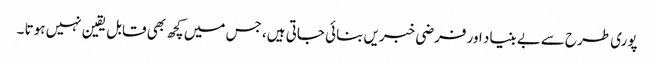
پوری طرح سےبے بنیاد اور فرضی خبریں بنائی جاتی ہیں، جس میں کچھ بھی قابل یقین نہیں ہوتا ۔